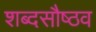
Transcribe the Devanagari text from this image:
शब्दसौष्ठव